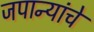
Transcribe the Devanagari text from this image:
जपान्यांचे